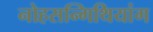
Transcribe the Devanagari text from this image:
नोहसन्गिथियांग